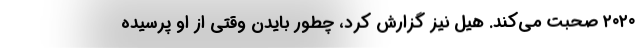
۲۰۲۰ صحبت می‌کند. هیل نیز گزارش کرد، چطور بایدن وقتی از او پرسیده